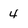
Character: 4